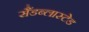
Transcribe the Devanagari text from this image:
सैंडब्लास्टेड